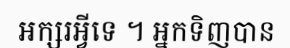
អក្សរអ្វីទេ ។ អ្នកទិញបាន